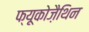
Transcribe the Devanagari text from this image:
फ्यूकोज़ैथिन